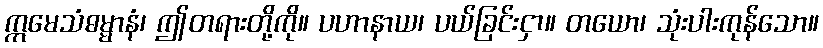
ဣမေသံဓမ္မာနံ၊ ဤတရားတို့ကို။ ပဟာနာယ၊ ပယ်ခြင်းငှာ။ တယော၊ သုံးပါးကုန်သော။